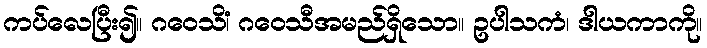
ကပ်လေပြီး၍။ ဂဝေသိံ၊ ဂဝေသီအမည်ရှိသော။ ဥပါသကံ၊ ဒါယကာကို။